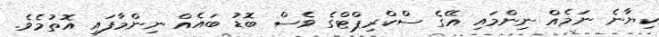
ކިޔާނެ ނަމެއް ނިންމައި އޭގެ ސްކްރިޕްޓްގެ ވެސް ބޮޑު ބައެއް ނިންމާފައި އޮތުމެވެ.